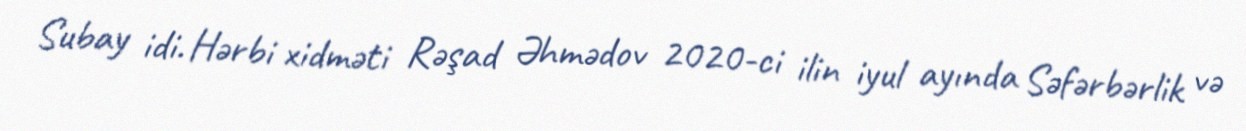
Subay idi. Hərbi xidməti Rəşad Əhmədov 2020-ci ilin iyul ayında Səfərbərlik və